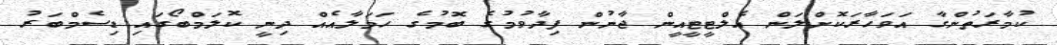
ކުމާރަތުންގާ އަވަހާރަކޮށްލަން އެލްޓީޓީއީން ޖާނުން ފިދާވުމުގެ ބޮމުގެ ހަމަލާއެއް ދިނީ ކޮލަމްބޯގައި ޑިސެމްބަރު